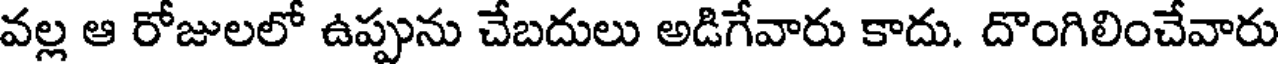
వల్ల ఆ రోజులలో ఉప్పును చేబదులు అడిగేవారు కాదు. దొంగిలించేవారు